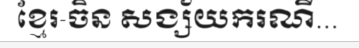
ខ្មែរ-ចិន សង្ស័យករណី...